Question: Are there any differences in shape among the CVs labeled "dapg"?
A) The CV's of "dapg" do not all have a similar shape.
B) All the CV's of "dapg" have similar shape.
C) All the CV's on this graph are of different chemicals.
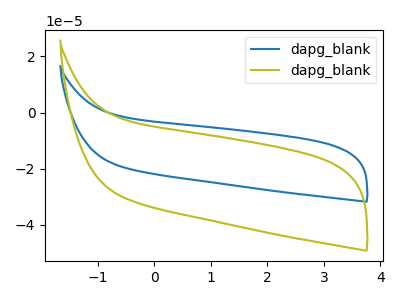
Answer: <think>The blue curve "dapg_blank1" has no peaks. The olive curve "dapg_blank2" has no peaks.
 Neither "dapg_blank1" or "dapg_blank2" have any peaks.</think>
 <answer>B) All the CV's of "dapg" have similar shape.</answer>
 <eval>B</eval>